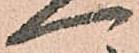
一